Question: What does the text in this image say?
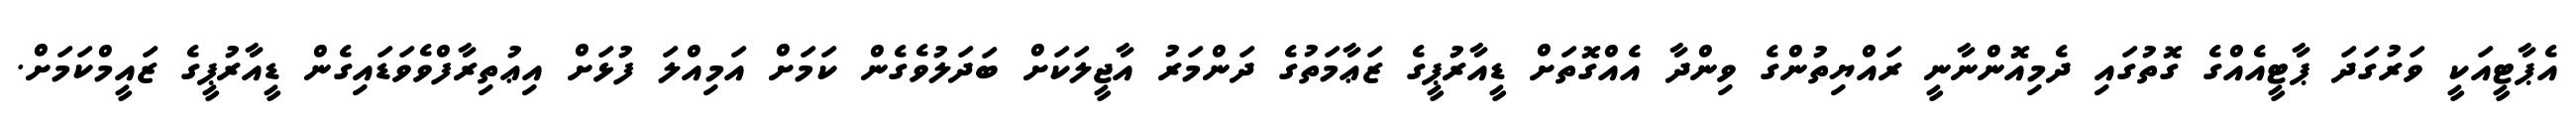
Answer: އެޕާޓީއަކީ ވަރުގަދަ ޕާޓީއެއްގެ ގޮތުގައި ދެމިއޮންނާނީ ރައްޔިތުންގެ ވިންދާ އެއްގޮތަށް ޑީއާރުޕީގެ ޒަޢާމަތުގެ ދަންމަރު އާޖީލަކަށް ބަދަލުވެގެން ކަމަށް އަމިއްލަ ފުޅަށް އިޢުތިރާފްވެވަޑައިގެން ޑީއާރުޕީގެ ޒައީމްކަމަށް.